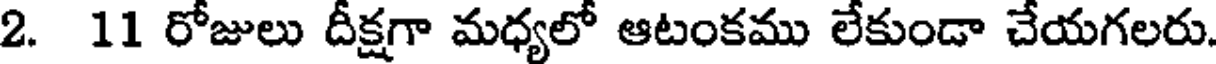
2. 11 రోజులు దీక్షగా మధ్యలో ఆటంకము లేకుండా చేయగలరు.